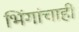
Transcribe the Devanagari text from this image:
भिंगांचाही